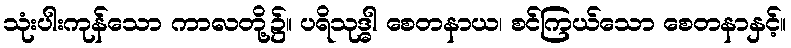
သုံးပါးကုန်သော ကာလတို့၌။ ပရိသုဒ္ဓါ စေတနာယ၊ စင်ကြယ်သော စေတနာနှင့်။